Account of plague administration in the Bombay Presidency from September 1896 till May 1897
Year: 1896
Disease focus: Plague
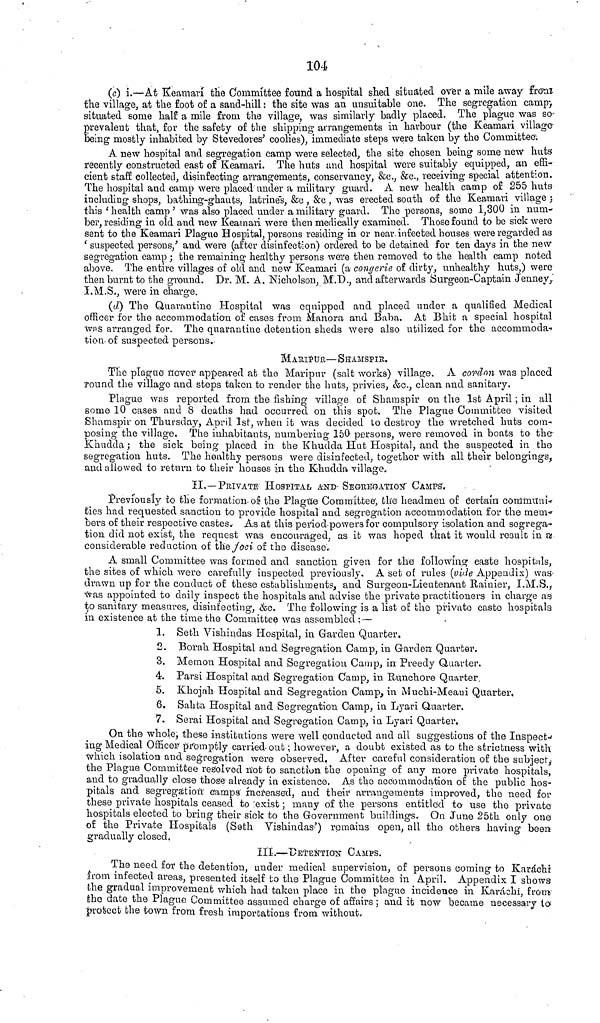
104
(c) i.—At Keamari the Committee found a hospital shed situated over a mile away from
the village, at the foot of a sand-hill : the site was an unsuitable one. The segregation camp;
situated some half a mile from the village, was similarly badly placed. The plague was so-
prevalent that, for the safety of the shipping arrangements in harbour (the Keamari village-
feeing mostly inhabited by Stevedores' coolies), immediate steps were taken by the Committee.
A new hospital and segregation camp were selected, the site chosen being some new huts
recently constructed east of Keamari. The huts and hospital were suitably equipped, an effi-
cient staff collected, disinfecting arrangements, conservancy, &c., &c., receiving special attention.
The hospital and camp were placed under a military guard. A new health camp of 255 huts
including shops, bathing-ghauts, latrines, &c, &c, was erected south of the Keamari village >
this 'health camp' was also placed under a military guard. The persons, some 1,300 in num-
ber, residing in old and new Keamari were then medically examined. Those found to be sick were
sent to the Keamari Plague Hospital, persons residing in or near.infected houses were regarded as
' suspected persons,' and were (after disinfection) ordered to be detained for ten days in the new
segregation camp ; the remaining healthy persons were then removed to the health camp noted
above. The entire villages of old and new Keamari (a congerie of dirty, unhealthy huts,) were
then burnt to the ground. Dr. M. A. Nicholson, M.D., and afterwards Burgeon-Captain Jenney,
I.M.S., were in charge.
(d) The Quarantine Hospital was equipped and placed under a qualified Medical
officer for the accommodation of eases from Manors and Baba. At Bhit a special hospital
was arranged for. The quarantine detention sheds were also utilized for the accommoda"
tion of suspected persons.
MARIPUR—SHAMSPIR.
The plague never appeared at the Maripur (salt works) village. A cordon was placed
round the village and steps taken to render the huts, privies, &c., clean and sanitary.
Plague was reported from the fishing village of Shamspir on the 1st April ; in all
some 10 cases and 8 deaths had occurred on this spot. The Plague Committee visited
Shamspir on Thursday, April 1st, when it was decided to destroy the wretched huts com-
posing the village. The inhabitants, numbering 150 persons, were removed in boats to the
Khudda ; the sick being placed in the Khudda Hut Hospital, and the suspected in the
segregation huts. The healthy persons were disinfected, together with all their belongings,
and allowed to return to their houses in the Khudda village,
II,—PRIVATE HOSPITAL· AND· SEGREGATION CAMPS',
Previously to the formation-of the Plague Committee; the headmen of Certain communi-
ties had requested sanction to provide hospital and segregation accommodation for the mem-
bers of their respective castes. As at this period powers for compulsory isolation and segrega-
tion did not exist, the request was encouraged, as it was hoped that it would result in a
considerable reduction of the Joci of the disease.
A small Committee was formed and sanction given for the following caste hospitals,
the sites of which were carefully inspected previously. A set of rules (vide Appendix) was-
drawn up for the conduct of these establishments, and Surgeon-Lieutenant Rainier, I.M.S.,
was appointed to daily inspect the hospitals and advise the private practitioners in charge as
to sanitary measures, disinfecting, &c. The following is a list of the private casto hospitals
in existence at the time the Committee was assembled :—
1. Seth Vishindas Hospital, in Garden Quarter,
2. Borah Hospital and Segregation Camp, in Garden Quarter.
3. Memon Hospital and Segregation Camp, in- Preedy Quarter.
4. Parsi Hospital and Segregation Camp, in Runchore Quarter.
5. Khojah Hospital and Segregation Camp, in Muchi-Meaui Quarter,
6. Sahta Hospital and Segregation Camp, in Lyari Quarter.
7. Serai Hospital and Segregation Camp, in Lyari Quarter.
On the whole, these institutions were well conducted and all suggestions of the Inspect-
ing Medical Officer promptly carried-out ; however, a doubt existed as to the strictness with
Which isolation and segregation were observed, After careful consideration of the subject,
the Plague Committee resolved not to sanction the opening of any more private hospitals,
and to gradually close those already in existence. As the accommodation of the public hos-
pitals and segregation camps increased, and their arrangements improved, the need for
these private hospitals ceased to 'exist ; many of the persons entitled to use the private
hospitals elected to bring their sick to the Government buildings. On June 25th only one
of the Private Hospitals (Seth Vishindas') romains open, all the others having been
gradually closed.
III.—DETENTION CAMPS.
The need for the detention, under medical supervision, of persons coming to Karachi
from infected areas, presented itself to the Plague Committee in April. Appendix I shows
the gradual improvement which had taken place in the plague incidence in Karachi, from
the date the Plague Committee assumed charge of affairs ; and it now became necessary to
protect the town from fresh importations from without.